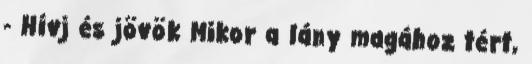
- Hívj és jövök Mikor a lány magához tért,